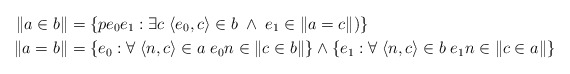
\begin{align*}\|a\in b\| & = \{p{e_0}{e_1} : \exists c \; \langle e_0, c\rangle \in b \; \wedge \; e_1\in \| a=c\|)\} \\\|a= b\| & = \{e_0 : \forall \; \langle n,c\rangle \in a \; e_0{n}\in \|c\in b\|\} \wedge \{e_1 : \forall \; \langle n, c\rangle \in b \; e_1{n}\in \|c\in a\|\} \end{align*}